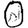
Digit: 0